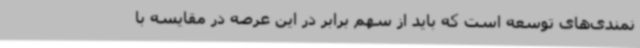
نمندی‌های توسعه است که باید از سهم برابر در این عرصه در مقایسه با